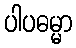
ပါပဓမ္မာ